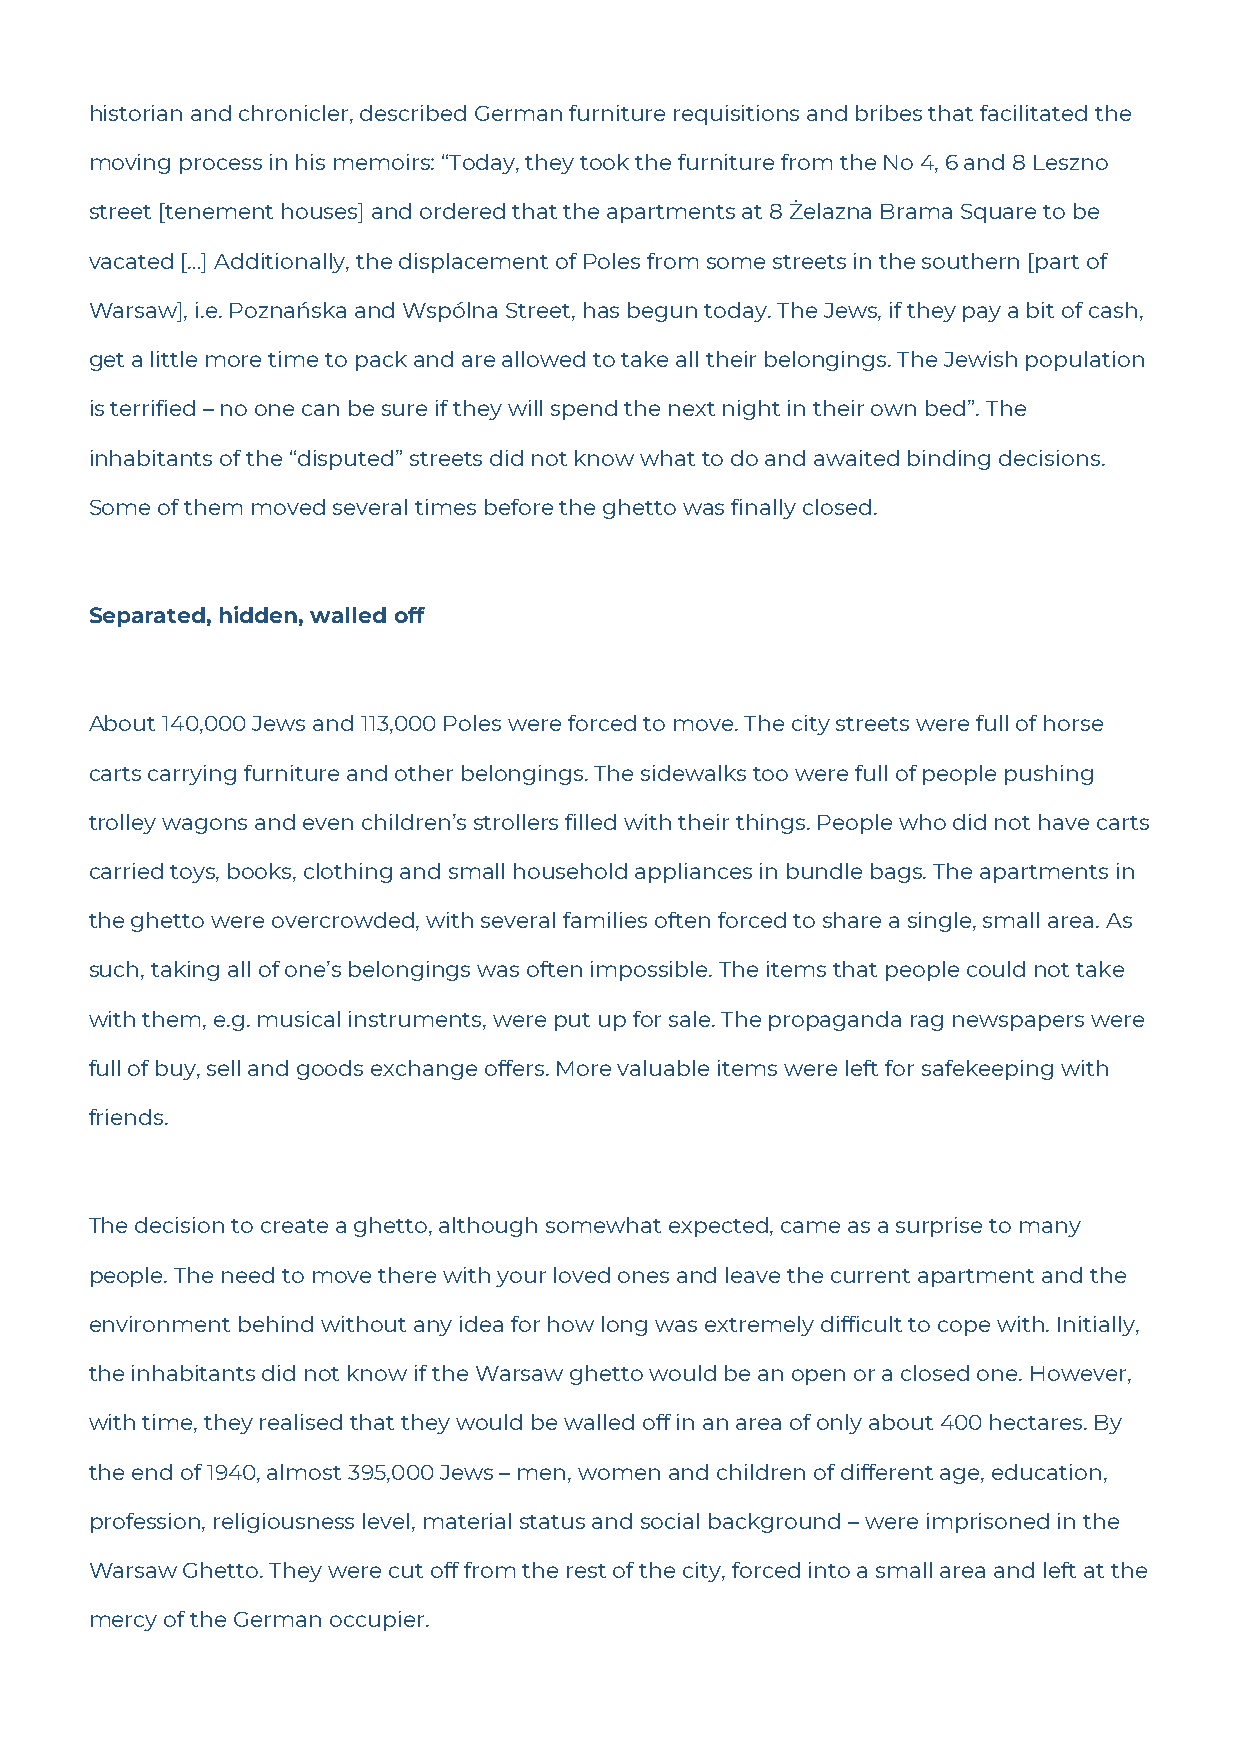
historian and chronicler, described German furniture requisitions and bribes that facilitated the
 moving process in his memoirs: “Today, they took the furniture from the No 4, 6 and 8 Leszno
 street [tenement houses] and ordered that the apartments at 8 Żelazna Brama Square to be
 vacated […] Additionally, the displacement of Poles from some streets in the southern [part of
 Warsaw], i.e. Poznańska and Wspólna Street, has begun today. The Jews, if they pay a bit of cash,
 get a little more time to pack and are allowed to take all their belongings. The Jewish population
 is terrified – no one can be sure if they will spend the next night in their own bed”. The
 inhabitants of the “disputed” streets did not know what to do and awaited binding decisions.
 Some of them moved several times before the ghetto was finally closed.
 Separated, hidden, walled off
 About 140,000 Jews and 113,000 Poles were forced to move. The city streets were full of horse
 carts carrying furniture and other belongings. The sidewalks too were full of people pushing
 trolley wagons and even children’s strollers filled with their things. People who did not have carts
 carried toys, books, clothing and small household appliances in bundle bags. The apartments in
 the ghetto were overcrowded, with several families often forced to share a single, small area. As
 such, taking all of one’s belongings was often impossible. The items that people could not take
 with them, e.g. musical instruments, were put up for sale. The propaganda rag newspapers were
 full of buy, sell and goods exchange offers. More valuable items were left for safekeeping with
 friends.
 The decision to create a ghetto, although somewhat expected, came as a surprise to many
 people. The need to move there with your loved ones and leave the current apartment and the
 environment behind without any idea for how long was extremely difficult to cope with. Initially,
 the inhabitants did not know if the Warsaw ghetto would be an open or a closed one. However,
 with time, they realised that they would be walled off in an area of only about 400 hectares. By
 the end of 1940, almost 395,000 Jews – men, women and children of different age, education,
 profession, religiousness level, material status and social background – were imprisoned in the
 Warsaw Ghetto. They were cut off from the rest of the city, forced into a small area and left at the
 mercy of the German occupier.